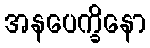
အနပေက္ခိနော